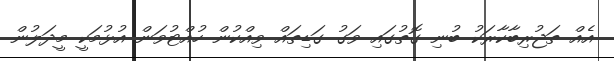
އެެއް ތަޖުރިބާކާރަކު ބުނި ގޮތުގައި ވަގު ގަޑިތައް ވިއްކުން ހުއްޓުވަން އުޅުމަކީ މީދަލުން